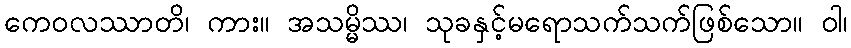
ကေဝလဿာတိ၊ ကား။ အသမ္မိဿ၊ သုခနှင့်မရောသက်သက်ဖြစ်သော။ ဝါ၊